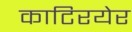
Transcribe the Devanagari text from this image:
काटिरयेर